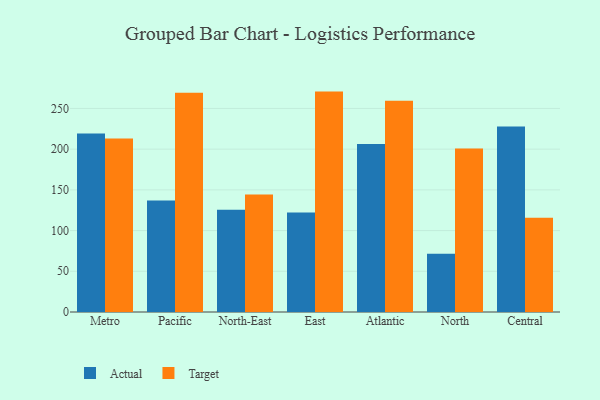
{"axis": {"x": "Region", "y": "Energy Usage (MWh)"}, "legend": ["Actual", "Target"], "data": [{"x": "Metro", "y": 219.1, "type": "Actual"}, {"x": "Metro", "y": 213.2, "type": "Target"}, {"x": "Pacific", "y": 136.9, "type": "Actual"}, {"x": "Pacific", "y": 269.4, "type": "Target"}, {"x": "North-East", "y": 125.7, "type": "Actual"}, {"x": "North-East", "y": 144.3, "type": "Target"}, {"x": "East", "y": 122.1, "type": "Actual"}, {"x": "East", "y": 270.7, "type": "Target"}, {"x": "Atlantic", "y": 206.2, "type": "Actual"}, {"x": "Atlantic", "y": 259.4, "type": "Target"}, {"x": "North", "y": 71.5, "type": "Actual"}, {"x": "North", "y": 200.8, "type": "Target"}, {"x": "Central", "y": 227.7, "type": "Actual"}, {"x": "Central", "y": 115.9, "type": "Target"}]}